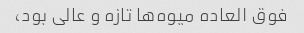
فوق العاده میوه‌ها تازه و عالی بود،